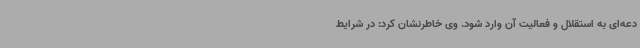
دعه‌ای به استقلال و فعالیت آن وارد شود. وی خاطرنشان کرد: در شرایط